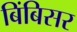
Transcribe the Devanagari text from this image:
बिंबिसर